Calcutta medical institutions reports 1892-1900
Year: 1892
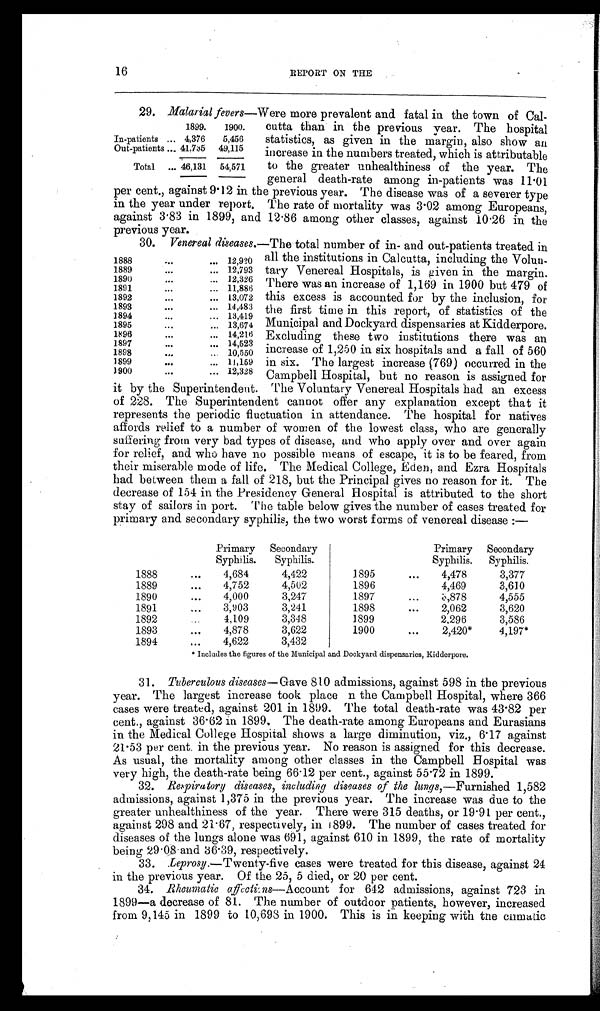
16
REPORT ON THE
29. Malarial fevers—Were more prevalent and fatal in the town of Cal-
1899.
1900.
In-patients ... 4,376
5,456
Out-patients ... 41,735
49,115
Total
... 46,131
54,571
cutta than in the previous year. The hospital
statistics, as given in the margin, also show an
increase in the numbers treated, which is attributable
to the greater unhealthiness of the year. The
general death-rate among in-patients was 11.01
per cent., against 9 . 12 in the previous year. The disease was of a severer type
in the year under report. The rate of mortality was 3 . 02 among Europeans,
against 3 . 83 in 1899, and 12.86 among other classes, against 10.26 in the
previous year.
30. Venereal diseases.-The total number of in- and out-patients treated in
1888
...
...
1 2 , 9 2 0
1889
...
... 12,793
1890
...
... 12,326
1891
...
... 11,886
1892
...
...
13,072
1893
... ...
14,483
1894
...
... 13,419
1895
...
... 13,674
1896
...
...
14,216
1897
...
... 14,623
1898
. . . . . .
10,550
1899
...
... 11,159
1900
...
... 12,328
all the institutions in Calcutta, including the Volun-
tary Venereal Hospitals, is given in the margin.
There was an increase of 1,169 in 1900 but 479 of
this excess is accounted for by the inclusion, for
the first time in this report, of statistics of the
Municipal and Dockyard dispensaries at Kidderpore.
Excluding these two institutions there was an
increase of 1,250 in six hospitals and a fall of 560
in six. The largest increase (769) occurred in the
Campbell Hospital, but no reason is assigned. for
it by the Superintendent. The Voluntary Venereal Hospitals had an excess
of 228. The Superintendent cannot offer any explanation except that it
represents the periodic fluctuation in attendance. The hospital for natives
affords relief to a number of women of the lowest class, who are generally
suffering from very bad types of disease, and who apply over and over again
for relief, and who have no possible means of escape, it is to be feared, from
their miserable mode of life. The Medical College, Eden, and Ezra Hospitals
had between them a fall of 218, but the Principal gives no reason for it. The
decrease of 154 in the Presidency General Hospital is attributed to the short
stay of sailors in port. The table below gives the number of cases treated for
primary and secondary syphilis, the two worst forms of venereal disease :—
Primary
Syphilis.
Secondary
Syphilis.
Primary
Syphilis.
Secondary
Syphilis.
1888
...
4,684
4,422
1895
...
4,478
3,377
1889
...
4,752
4,502
1896
4,469
3,610
1890
...
4,000
3,247
1897
...
3,878
4,555
1891
...
3,903
3,241
1898
...
2,062
3,620
1892
...
4,109
3,348
1899
2,296
3,586
1893
...
4,878
3,622
1900
...
2,420*
4,197*
1894
...
4,622
3,432
Includes the figures of the Municipal and Dockyard dispensaries, Kidderpore.
31. Tuberculous diseases— Gave 810 admissions, against 598 in the previous
year. The largest increase took place in the Campbell Hospital, where 366
cases were treated, against 201 in 1899. The total death-rate was 43 . 82 per
cent., against 36 . 62 in 1899 The death-rate among Europeans and Eurasians
in the Medical College Hospital shows a large diminution, viz,, 6.17 against
21 . 53 per cent, in the previous year. No reason is assigned for this decrease.
As usual, the mortality among other classes in the Campbell Hospital was
very high, the death-rate being 66 . 12 per cent., against 55 .72 in 1899.
32. Respiratory diseases, including diseases of the lungs,—Furnished 1,582
admissions, against 1,375 in the previous year. The increase was due to the
greater unhealthiness of the year. There were 315 deaths, or 19 . 91 per cent.,
against 298 and 21 . 67, respectively, in 1 8 9 9 . T h e n u m b e r o f c a s e s t r e a t e d f o r
diseases of the lungs alone was 691, against 610 in 1899, the rate of mortality
being 29 . 08 and 36. 39, respectively.
33. Leprosy.—Twenty-five cases were treated for this disease, against 24
in the previous year. Of the 25, 5 died, or 20 per cent.
34. Rheumatic affections— Account for 642 admissions, against 723 in
1899—a decrease of 81. The number of outdoor patients, however, increased
from 9,145 in 1899 to 10,698 in 1900. This is in keeping with the enmatic